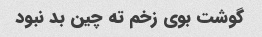
گوشت بوی زخم ته چین بد نبود